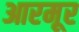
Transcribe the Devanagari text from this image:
आरमूर